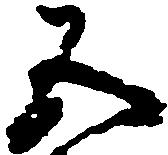
五